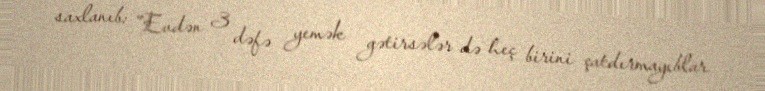
saxlanıb: “Evdən 3 dəfə yemək gətirsələr də heç birini çatdırmayıblar.